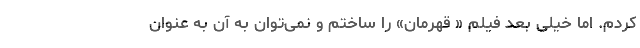
کردم. اما خیلی بعد فیلم « قهرمان» را ساختم و نمی‌توان به آن به عنوان